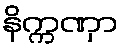
နိက္ကဏှာ